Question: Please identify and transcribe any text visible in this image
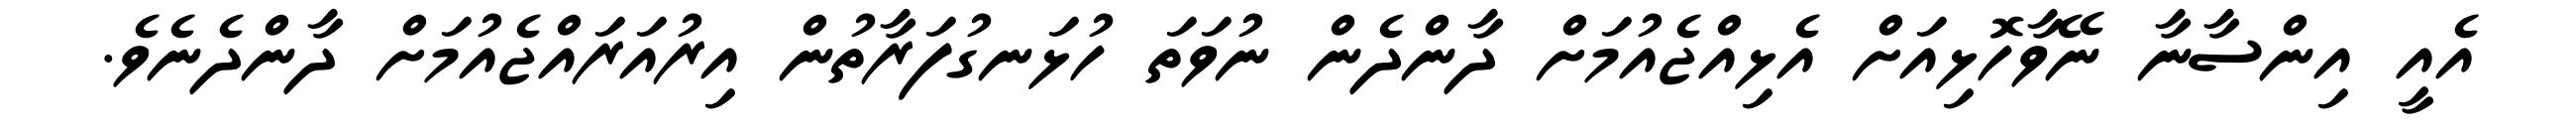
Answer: އެއީ އިންސާނާ ނޭވާހޮޅިއަށް އެޅިއްޖެއުމަށް ދާންދެން ނުވަތަ ހުޅަނގުފަރާތުން އިރުއަރައްޖެއުމަށް ދާންދެނެވެ.